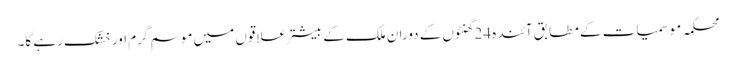
محکمہ موسمیات کے مطابق آئندہ 24گھنٹوں کے دوران ملک کے بیشتر علاقوں میں موسم گرم اور خشک رہے گا۔